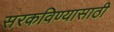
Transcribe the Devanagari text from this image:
सरकविण्यासाठी